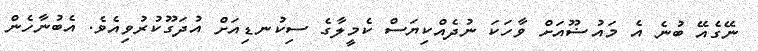
ނޭގެއޭ ބުނެ އެ މައުޟޫއަށް ވާހަކަ ނުދެއްކިޔަސް ކެމީލާގެ ސިކުނޑިއަށް އުދަގޫކުރުވިއެވެ. އެބުނާހެން